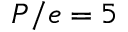
P / e = 5